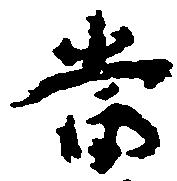
当